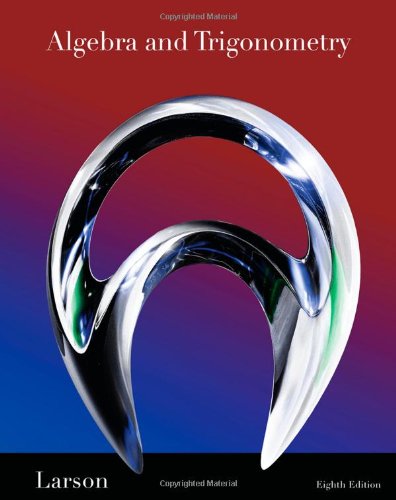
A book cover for Algebra and Trigonometry, 8th Edition; Ron Larson; Science & Math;